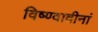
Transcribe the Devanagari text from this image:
विष्ण्वादीनां